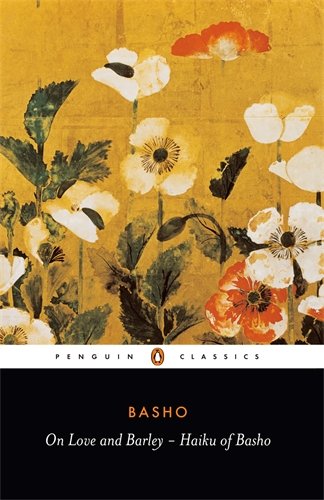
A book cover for On Love and Barley: Haiku of Basho (Penguin Classics); Matsuo Basho; Literature & Fiction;